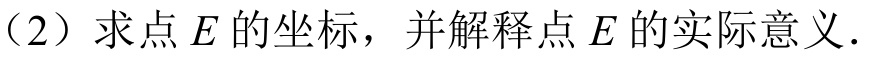
（2）求点 \(E\) 的坐标，并解释点 \(E\) 的实际意义.